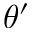
\theta ^ { \prime }